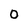
Character: 0